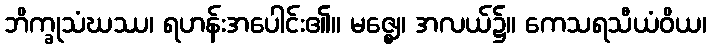
ဘိက္ခုသံဃဿ၊ ရဟန်းအပေါင်း၏။ မဇ္ဈေ၊ အလယ်၌။ ကေသရသီယံဝိယ၊